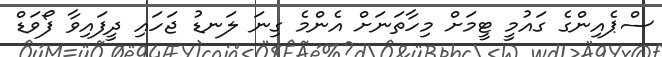
ސްޕެއިންގެ ގައުމީ ޓީމަށް މިހާތަނަށް އެންމެ ގިނަ ލަނޑު ޖަހައި ދީފައިވާ ފޯވަޑް